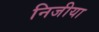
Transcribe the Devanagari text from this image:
निजीया